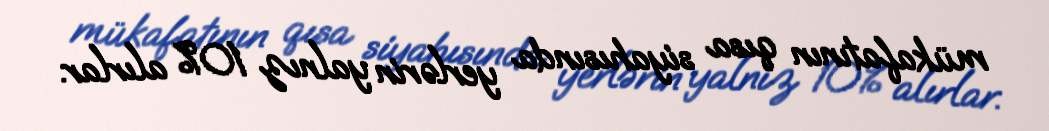
mükafatının qısa siyahısında yerlərin yalnız 10% alırlar.